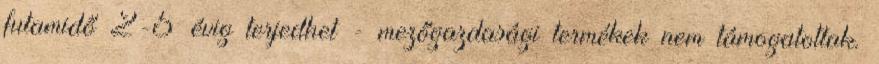
futamidő 2-5 évig terjedhet - mezőgazdasági termékek nem támogatottak.